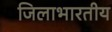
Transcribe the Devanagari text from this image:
जिलाभारतीय